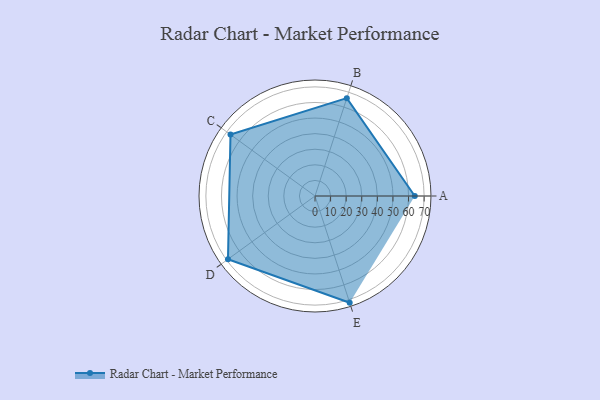
{"axis": {"x": "Skill", "y": "Score"}, "legend": ["Profile"], "data": [{"x": "A", "y": 64.0, "type": "Profile"}, {"x": "B", "y": 66.0, "type": "Profile"}, {"x": "C", "y": 67.0, "type": "Profile"}, {"x": "D", "y": 69.0, "type": "Profile"}, {"x": "E", "y": 72.0, "type": "Profile"}]}